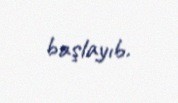
başlayıb.